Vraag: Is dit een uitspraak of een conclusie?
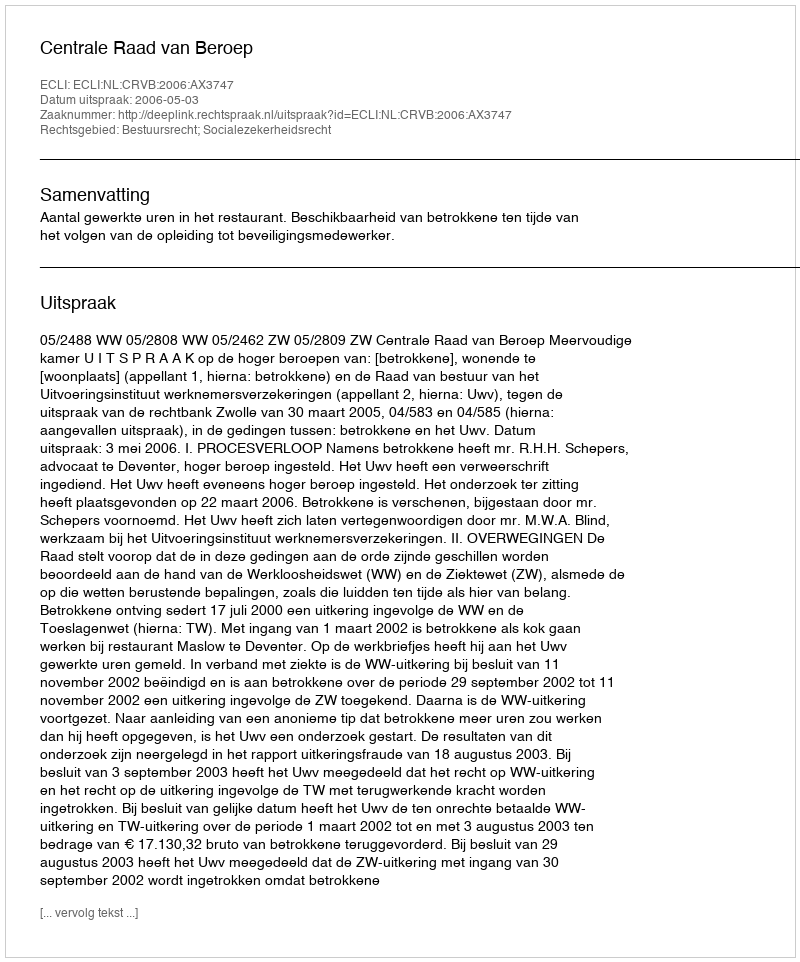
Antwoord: Uitspraak